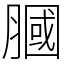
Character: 膕